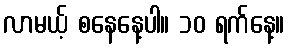
လာမယ့် စနေနေ့ပါ။ ၁၀ ရက်နေ့။